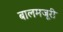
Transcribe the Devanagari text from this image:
बालमजूरी